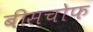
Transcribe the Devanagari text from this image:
बीसचोफ